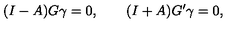
( I - A ) G \gamma = 0 , \qquad ( I + A ) G ^ { \prime } \gamma = 0 ,